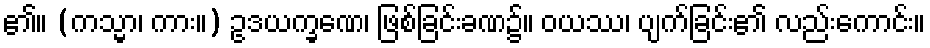
၏။ (ကသ္မာ၊ ကား။) ဥဒယက္ခဏေ၊ ဖြစ်ခြင်းခဏ၌။ ဝယဿ၊ ပျက်ခြင်း၏ လည်းကောင်း။